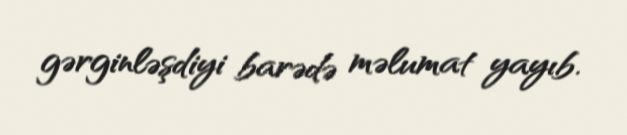
gərginləşdiyi barədə məlumat yayıb.